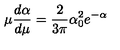
\mu \frac { d \alpha } { d \mu } = \frac { 2 } { 3 \pi } \alpha _ { 0 } ^ { 2 } e ^ { - \alpha }